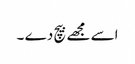
اسے مجھے بیچ دے ۔